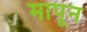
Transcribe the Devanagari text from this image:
मापून